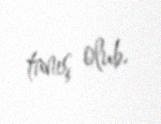
tanış olub.